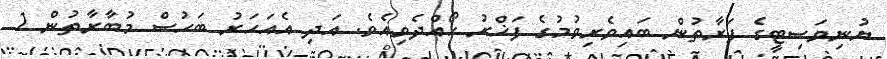
ޔުނިވަސިޓީގެ ފަރާތުން ބައިވެރިވުމުގެ ފަޚްރު ހޯއްދެވިއެވެ. އަދި އެއަހަރު ބަހުސް މުބާރާތުން 1